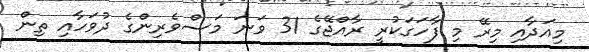
މިއަދާއި މިރޭ މި ފާހަގަކުރީ ރާއްޖޭގެ 31 ވަނަ މަސްވެރިންގެ ދުވަހާއި ތިން